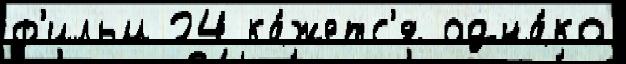
ф'ильм 24 ка́жетс'я одна́ко